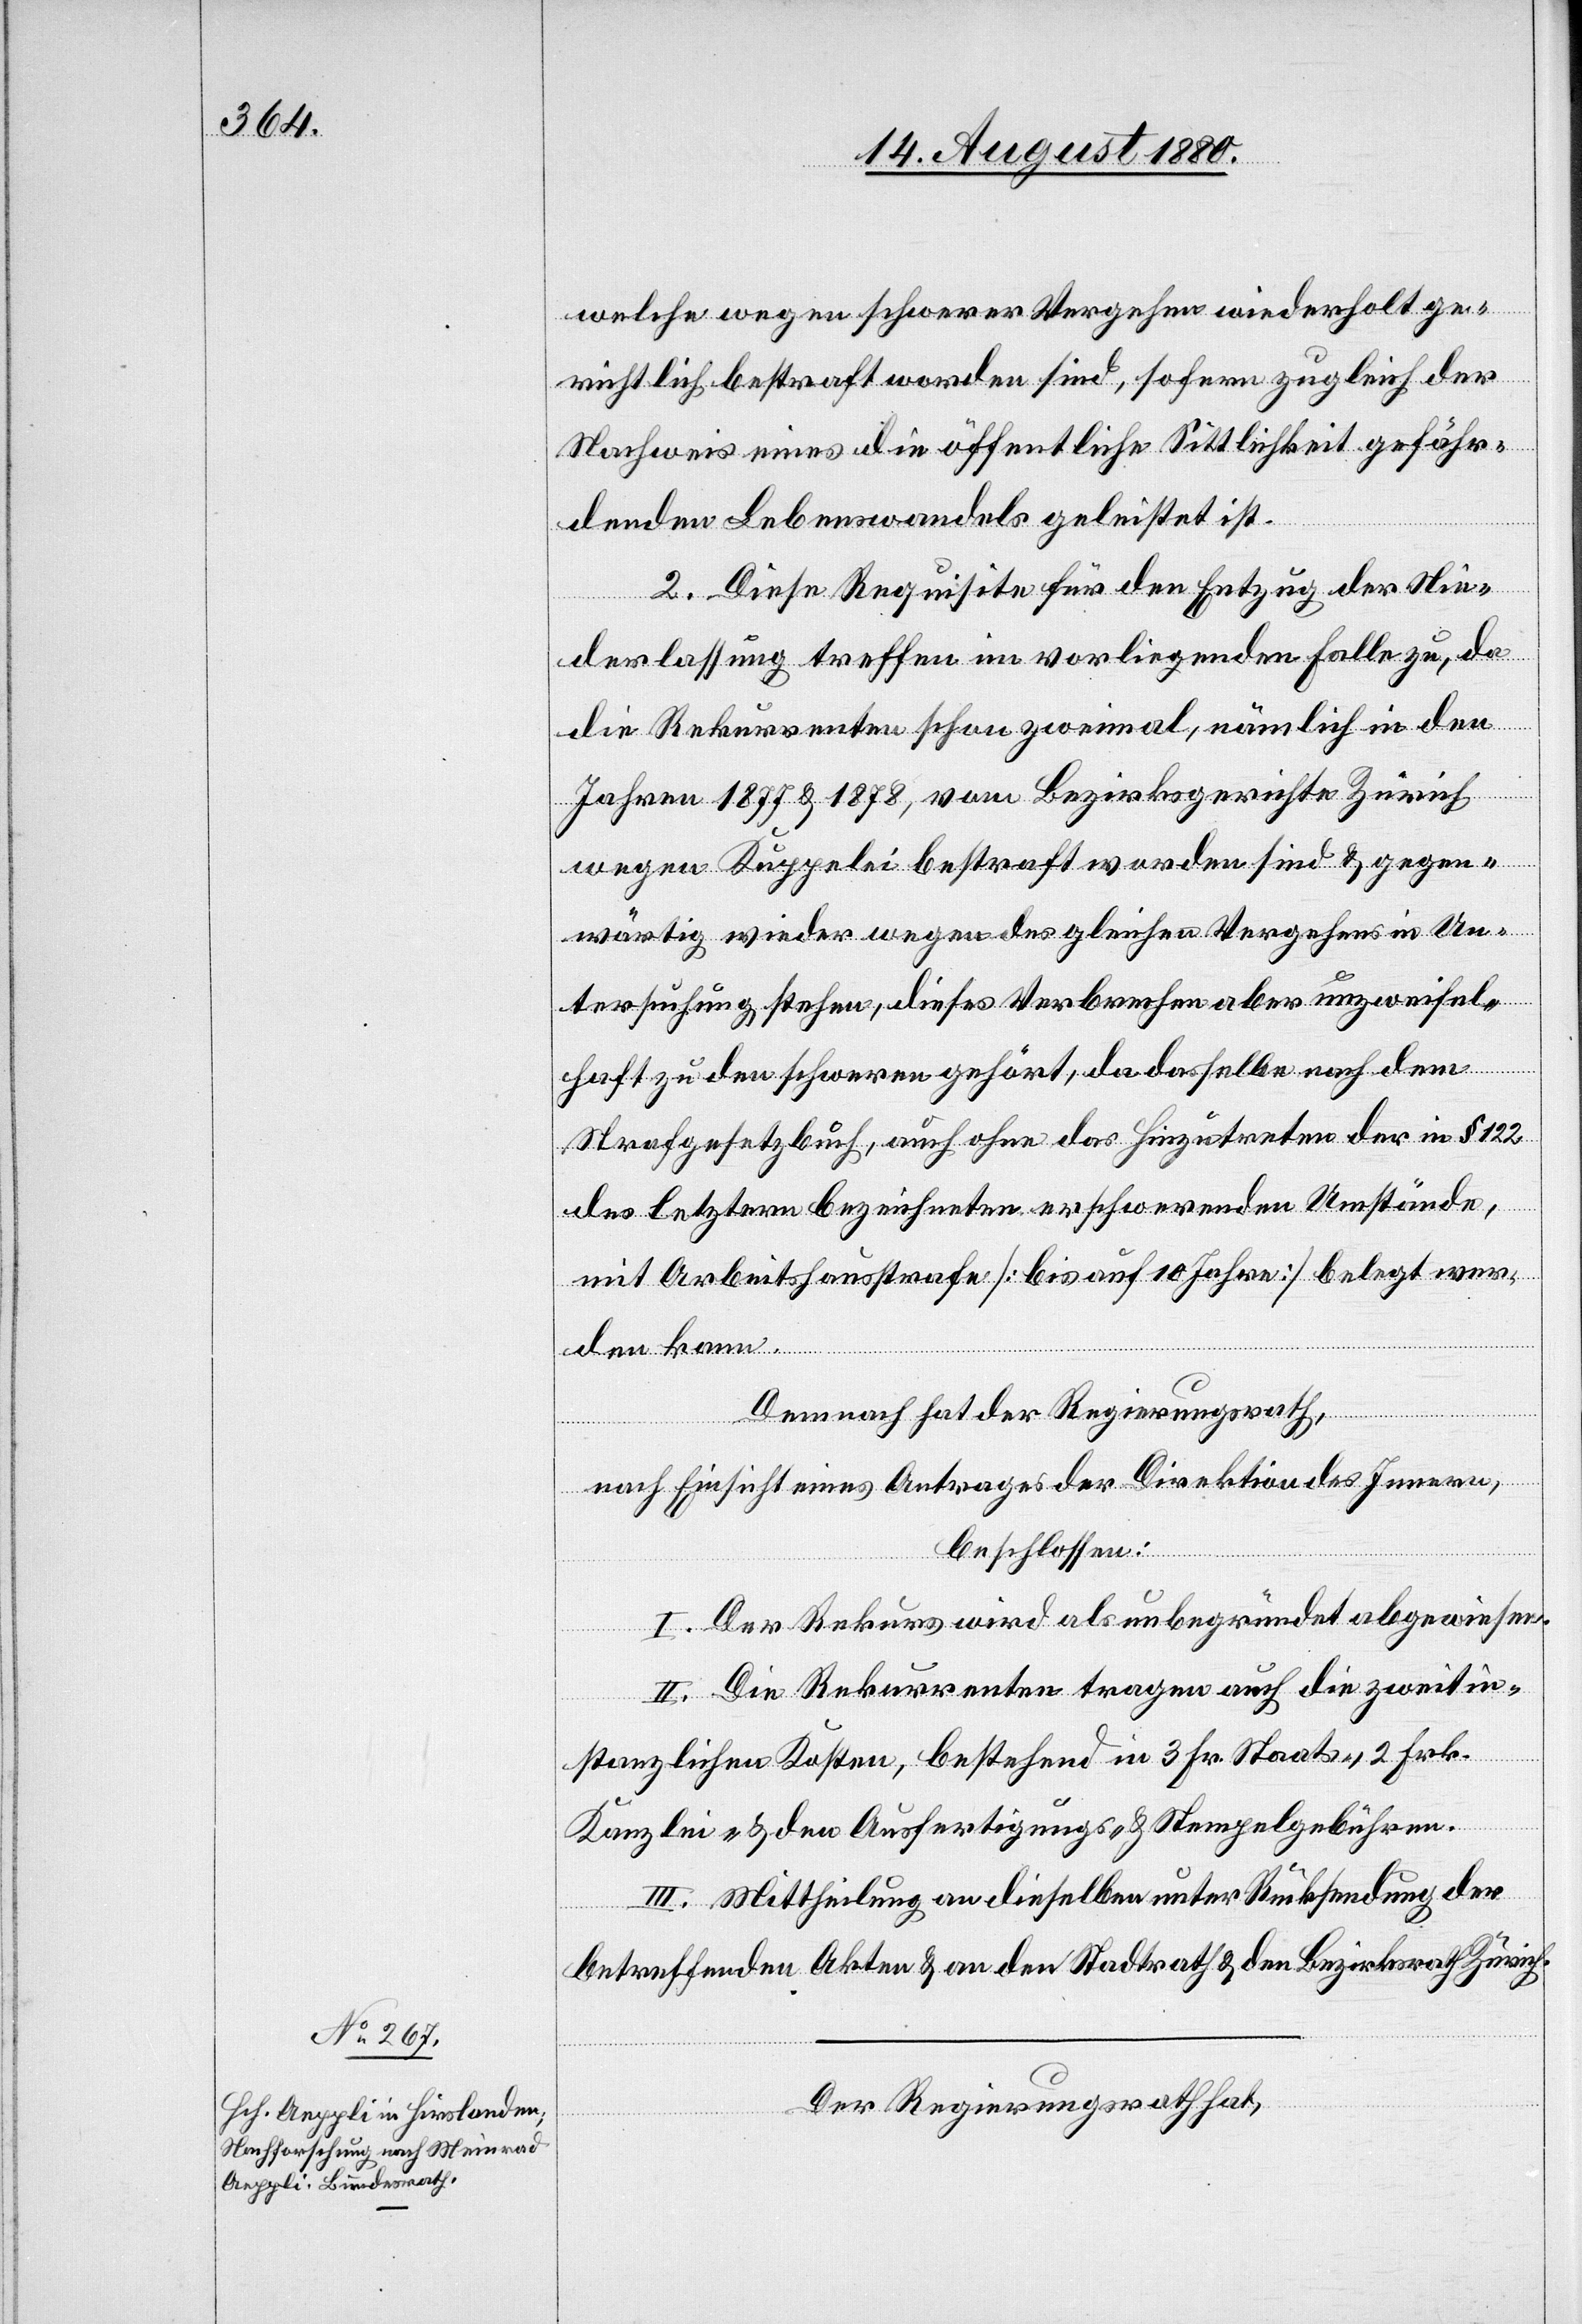
welche wegen schwerer Vergehen wiederholt ge¬
richtlich bestraft worden sind, sofern zugleich der
Nachweis eines die öffentliche Sittlichkeit gefähr¬
denden Lebenswandels geleistet ist.
2. Diese Requisite für den Entzug der Nie¬
derlassung treffen im vorliegenden Falle zu, da
die Rekurrenten schon zweimal, nämlich in den
Jahren 1877 & 1878, vom Bezirksgerichte Zürich
wegen Kuppelei bestraft worden sind & gegen¬
wärtig wieder wegen des gleichen Vergehens in Un¬
tersuchung stehen, dieses Verbrechens aber unzweifel¬
haft zu den schweren gehört, da dasselbe nach dem
Strafgesetzbuch, auch ohne das Hinzutreten der in § 122
des letztern bezeichneten erschwerenden Umstände,
mit Arbeitshausstrafe [bis auf 10 Jahre] belegt wer¬
den kann.
Demnach hat der Regierungsrath,
nach Einsicht eines Antrages der Direktion des Innern,
beschlossen:
I. Der Rekurs wird als unbegründet abgewiesen.
II. Die Rekurrenten tragen auch die zweitin¬
stanzlichen Kosten, bestehend in 3 Fr. Staats-, 2 Fr.
Kanzlei- & den Ausfertigungs- & Stempelgebühren.
III. Mittheilung an dieselben unter Rücksendung der
betreffenden Akten & an den Stadtrath & den Bezirksrath Zürich.
Der Regierungsrath hat,